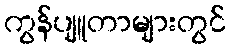
ကွန်ပျူတာများတွင်